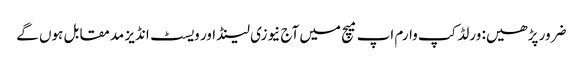
ضرور پڑھیں: ورلڈکپ وارم اپ میچ میں آج نیوزی لینڈ اور ویسٹ انڈیز مدمقابل ہوں گے